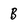
Character: B